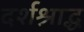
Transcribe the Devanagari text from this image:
दर्शश्राद्ध